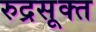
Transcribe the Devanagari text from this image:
रुद्रसूक्त